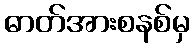
ဓာတ်အားစနစ်မှ